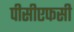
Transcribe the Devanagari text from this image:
पीसीएफसी